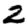
Digit: 2